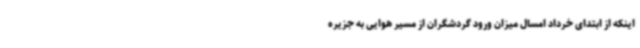
اینکه از ابتدای خرداد امسال میزان ورود گردشگران از مسیر هوایی به جزیره